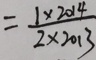
= \frac { 1 \times 2 0 1 4 } { 2 \times 2 0 1 3 }